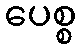
ပေစ္စ